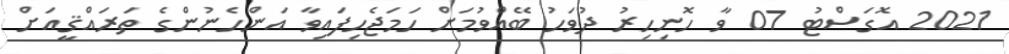
2021 އޮގަސްޓު 07 ވާ ހޮނިހިރު ދުވަހު ބޭއްވުމަށް ހަމަޖެހިފައިވާ އަންހެނުންގެ ތަރައްޤީއަށް